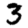
Digit: 3